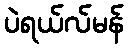
ပဲရယ်လ်မန်